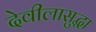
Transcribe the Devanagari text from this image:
देवीलासुद्धा